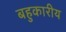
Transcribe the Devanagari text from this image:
बहुकारीय